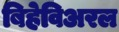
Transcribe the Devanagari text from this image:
बिहेविअरल